Calcutta medical institutions reports 1871-78
Year: 1871
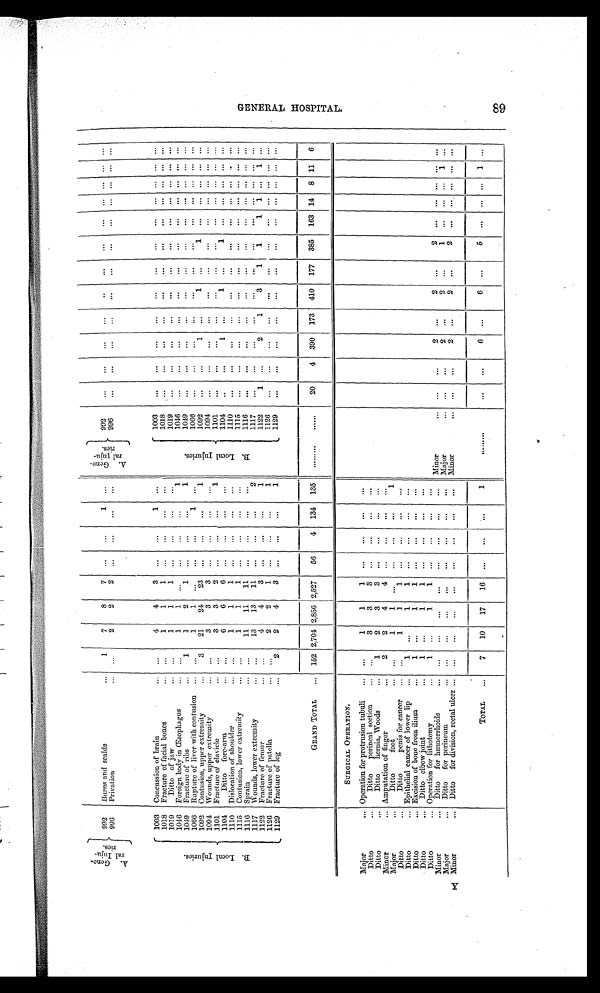
KEe
V".
Ge n e r a l Ho s p i t a l 8 9
A. Gene-
ral Inju-
rics.
992 Burns and scalds
1
7
8
7
...
...
1
...
A. Gene-
ral Inju-
ries. 992
...
...
...
...
...
...
...
... ... ... ... ...
996 Privation
...
2
2 2
...
...
...
...
996
...
...
... ... ...
...
...
... ... ... ... ...
B . L o c a l I n j u r i e s . 1003 Concussion of brain
...
4
4
3 ...
...
1
...
B . L o c a l I n j u r i e s .
1003
...
...
...
...
...
...
...
... ... ... ... ...
1018 Fracture of facial bones
...
1
1
1 ...
...
... ...
1018 ...
...
...
...
... ...
... ... ... ... ... ...
1019
Ditto of jaw
...
1
1
1 ...
...
...
...
1019
...
... ...
...
...
...
... ... ... ... ... ...
1046 Foreign body in Œsophagus
...
1
1 ...
...
...
...
1
1046
...
...
...
...
...
...
... ... ... ... ... ...
1049 Fracture of ribs
1
1
2
1 ...
...
...
1
1049
...
... ...
...
... ...
... ... ... ... ... ...
1066 Rupture of liver with contusion ... ...
1
1 ...
...
...
1 ...
1066
... ...
...
...
...
...
...
... ... ... ... ...
1092 Contusion, upper extremity
3
21
24
23 ...
...
...
1
1092
...
... ...1 1
... 1
...
1
... ... ... ... ...
1094 Wounds, upper extremity
...
3
3
3 ...
...
...
...
1094
...
...
... ... ...
...
...
... ... ... ... ...
1101 Fracture of clavicle
...
3
3
2 ...
...
...
1
1101
... ...
...
...
...
...
...
... ... ... ... ...
1104
Ditto fore-arm
...
6
6
6 ...
... ...
...
1104 ..
... 1
...
1
...
1
... ... ... ... ...
1110 Dislocation of shoulder
...
1
1
1 ...
...
...
...
1110
...
...
...
...
...
...
...
... ... ... ... ...
1115 Contusion, lower extremity
...
1
1
1 ...
...
...
...
1115
...
...
...
...
...
...
...
... ... ... ... ...
1116 Sprain
...
11
11
11 ... ...
...
...
1116 ... ...
... ...
...
... ...
... ... ... ... ...
1117 Wounds, lower extremity
...
13
13
11 ... ...
...
2
1117
...
...
...
...
...
...
... ... ... ... ... ...
1122 Fracture of femur
...
4
4
3 ...
...
...
1
1122 1
...
2
1
3
1
1
1 1 ... 1 ...
1126 Fracture of patella
...
2
2
1 ... ...
..
1
1126
...
...
...
...
...
...
...
... ... ... ...
...
1129 Fracture of leg
2
2
4
3 ...
...
...
1
1129
...
...
...
...
...
...
...
... ... ... ... ...
GRAND TOTAL
152 2,704 2,856 2,527
56
4 134 135
......... ......
20
4 390 173 410 177 385 163 14 8 11 6
SURGICAL OPERATION.
Major
... Operation for protrusion tubuli
...
1
1
1 ...
...
...
...
Ditto
...
Ditto perineal section
...
3
3
3 ...
... ...
...
Ditto
...
Ditto hernia, Woods
1
2
3 3
...
...
...
...
Minor
... Amputation of finger
2
2
4
4 ...
...
...
...
Major
...
Ditto foot... ......
1
1 ...
......
...
...
1
Ditto
...
Ditto penis for cancer
...
1
1
1 ...
... ... ...
Ditto
... Epithelial cancer of lower lip
...
1 ...
1
1 ...
...
... ...
Ditto
... Excision of bone from ilium
1 ...
1
1 ...
...
...
...
Ditto
... Ditto elbow joint
1 ...
1
1 ...
...
...
...
Ditto
... Operation for lithotomy
1 ...
1
1 ...
...
...
...
Minor
... Ditto for hæmorrhoids
...
...
...
...
...
... ...
... Minor
... ...
... 2
...
2
...
2
... .... ... ... ...
Major
... Ditto for perineum
...
...
...
...
...
...
...
... Major
... ...
... 2
... 2
...
1 ... ... ... 1 . . .
Minor
... Ditto for division, rectal ulcer ... ...
...
...
...
...
...
...
... Minor
... ...
... 2
... 2
...
2
... ... ... ... ...
TOTAL
7
10
17
16 ...
...
...
1
.........
...
... 6
... 6
...
5
... ... ... 1 ..
p-
t-1
0
00
CSD